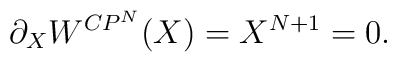
\partial_{X}W^{CP^{N}}(X)=X^{N+1}=0.